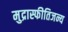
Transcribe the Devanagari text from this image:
मुद्रास्फीतिजन्य